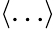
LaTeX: \langle\ldots\rangle